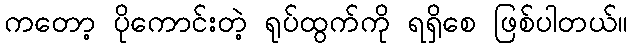
ကတော့ ပိုကောင်းတဲ့ ရုပ်ထွက်ကို ရရှိစေ ဖြစ်ပါတယ်။